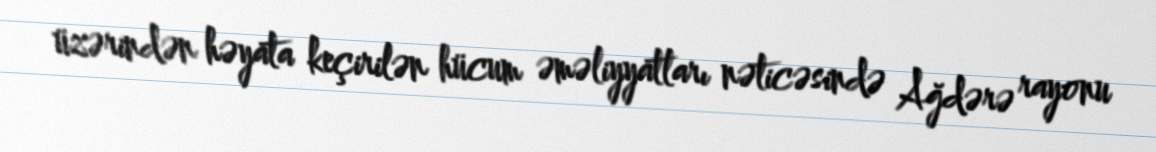
üzərindən həyata keçirilən hücum əməliyyatları nəticəsində Ağdərə rayonu